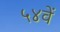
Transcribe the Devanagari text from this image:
५४वें